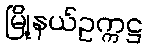
မြို့နယ်ဥက္ကဋ္ဌ